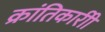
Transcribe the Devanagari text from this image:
क्रांतिकारीी